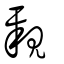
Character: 親